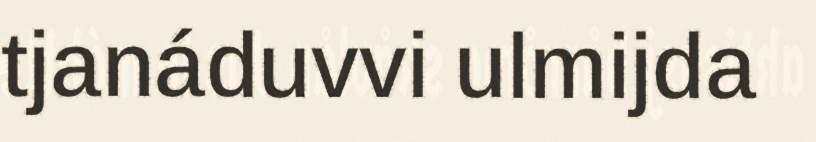
tjanáduvvi ulmijda